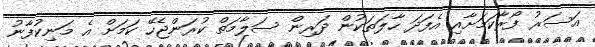
އަސަރު ފޯރާކަމަށާއި އެފަދަ ހާލަތަކުން ދަރިން ސަލާމަތް ކުރަންޖެހޭ ކަމަށް އެ މަނިކުފާނު